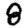
Digit: 8